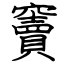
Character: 竇